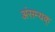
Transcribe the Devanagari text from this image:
अंसम्यक्